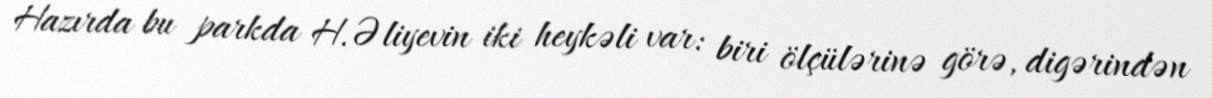
Hazırda bu parkda H.Əliyevin iki heykəli var: biri ölçülərinə görə, digərindən